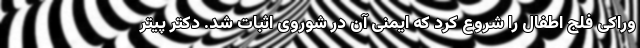
وراکیِ فلج اطفال را شروع کرد که ایمنی آن در شوروی اثبات شد. دکتر پیتر